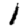
Digit: 1